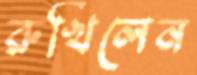
রুখিলেন